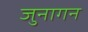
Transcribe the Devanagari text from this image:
जुनागन